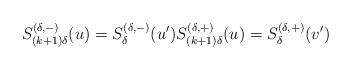
LaTeX: \begin{align*}S_{(k+1)\delta}^{(\delta,-)}(u)=S_{\delta}^{(\delta,-)}(u') S_{(k+1)\delta}^{(\delta,+)}(u)=S_{\delta}^{(\delta,+)}(v')\end{align*}